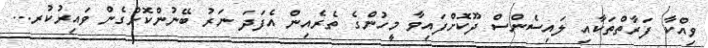
ވިއްކާ ފަރާތްތަކާއި ލައިސެންސް ދޫކޮށްފައިވާ މީހުންގެ ތެރެއިން އެފަދަ ނަރު ބޭނުންކޮށްގެން ވައިރުކުރ...